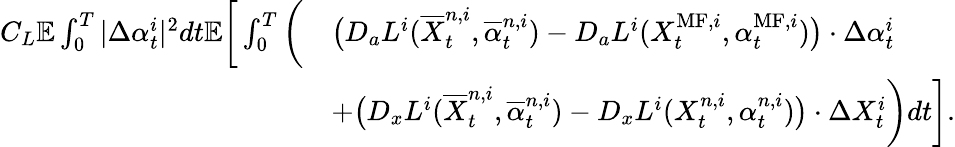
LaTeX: \begin{array}{rl}{C_{L}{\mathbb E}\int_{0}^{T}|\Delta\alpha_{t}^{i}|^{2}dt\le{\mathbb E}\bigg[\int_{0}^{T}\bigg(}&{\big(D_{a}L^{i}(\overline{{X}}_{t}^{n,i},\overline{{\alpha}}_{t}^{n,i})-D_{a}L^{i}(X_{t}^{\mathrm{MF},i},\alpha_{t}^{\mathrm{MF},i})\big)\cdot\Delta\alpha_{t}^{i}}\\ &{+\big(D_{x}L^{i}(\overline{{X}}_{t}^{n,i},\overline{{\alpha}}_{t}^{n,i})-D_{x}L^{i}(X_{t}^{n,i},\alpha_{t}^{n,i})\big)\cdot\Delta X_{t}^{i}\bigg)dt\bigg].}\end{array}